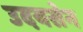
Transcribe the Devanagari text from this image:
उदयसेन